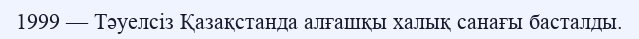
1999 — Тәуелсіз Қазақстанда алғашқы халық санағы басталды.